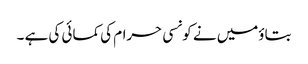
بتاؤمیں نے کونسی حرام کی کمائی کی ہے ۔